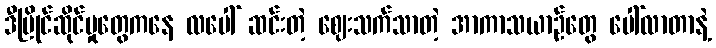
ဒီပြိုင်ဆိုင်မှုတွေကနေ လပေါ် ဆင်းတဲ့ ဈေးသက်သာတဲ့ အာကာသယာဉ်တွေ ပေါ်လာတာနဲ့